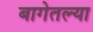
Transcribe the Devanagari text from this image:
बागेतल्या